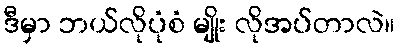
ဒီမှာ ဘယ်လိုပုံစံ မျိုး လိုအပ်တာလဲ။